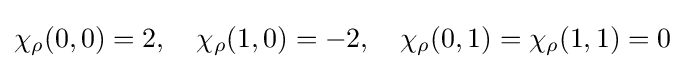
\chi _{\rho }(0,0)=2,\quad \chi _{\rho }(1,0)=-2,\quad \chi _{\rho }(0,1)=\chi _{\rho }(1,1)=0